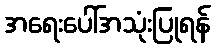
အရေးပေါ်အသုံးပြုရန်